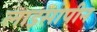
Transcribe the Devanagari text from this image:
लाइसोपीन